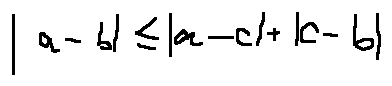
| a - b | \leq | a - c | + | c - b |